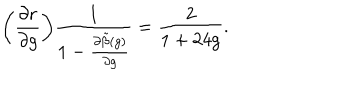
LaTeX: \biggl ( \frac { \partial r } { \partial g } { \biggr ) } \frac { 1 } { 1 - \frac { \partial \tilde { \beta } ( g ) } { \partial g } } = \frac { 2 } { 1 + 2 4 g } .